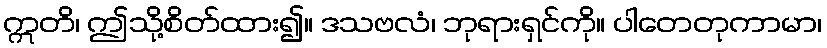
ဣတိ၊ ဤသို့စိတ်ထား၍။ ဒသဗလံ၊ ဘုရားရှင်ကို။ ပါတေတုကာမာ၊